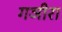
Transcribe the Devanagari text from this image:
गञीरा